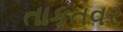
તાકતવર